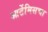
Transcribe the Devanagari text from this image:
आर्टेमिसचा